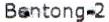
BENTONG-2